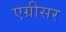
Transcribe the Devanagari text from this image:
एग्रीसर